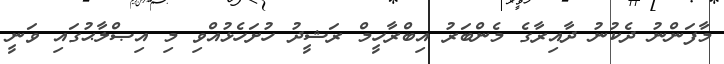
މާފަންނު ދެކުނު ދާއިރާގެ މެންބަރު އިބްރާހީމް ރަޝީދު ހުށަހެޅުއްވި މި އިޞްލާޙުގައި ވަނީ